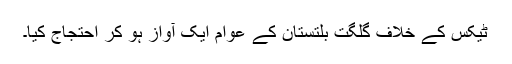
ٹیکس کے خلاف گلگت بلتستان کے عوام ایک آواز ہو کر احتجاج کیا۔